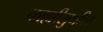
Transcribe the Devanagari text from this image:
काह्यीसुधील